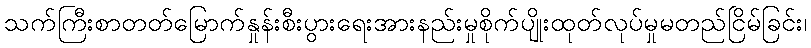
သက်ကြီးစာတတ်မြောက်နှုန်းစီးပွားရေးအားနည်းမှုစိုက်ပျိုးထုတ်လုပ်မှုမတည်ငြိမ်ခြင်း၊